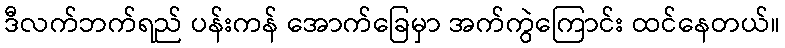
ဒီလက်ဘက်ရည် ပန်းကန် အောက်ခြေမှာ အက်ကွဲကြောင်း ထင်နေတယ်။